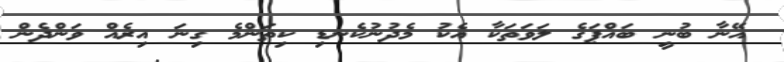
އޭނާ ބުނީ ބައްޕަގެ ލަވަތަކާ އެކު މެދުނުކެނޑި ކިތަންމެ ގިނަ އިރެއް ވަންދެން